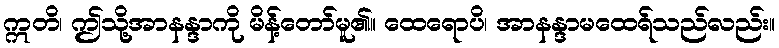
ဣတိ၊ ဤသို့အာနန္ဒာကို မိန့်တော်မူ၏။ ထေရောပိ၊ အာနန္ဒာမထေရ်သည်လည်း။